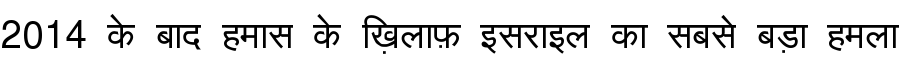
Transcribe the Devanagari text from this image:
2014 के बाद हमास के ख़िलाफ़ इसराइल का सबसे बड़ा हमला